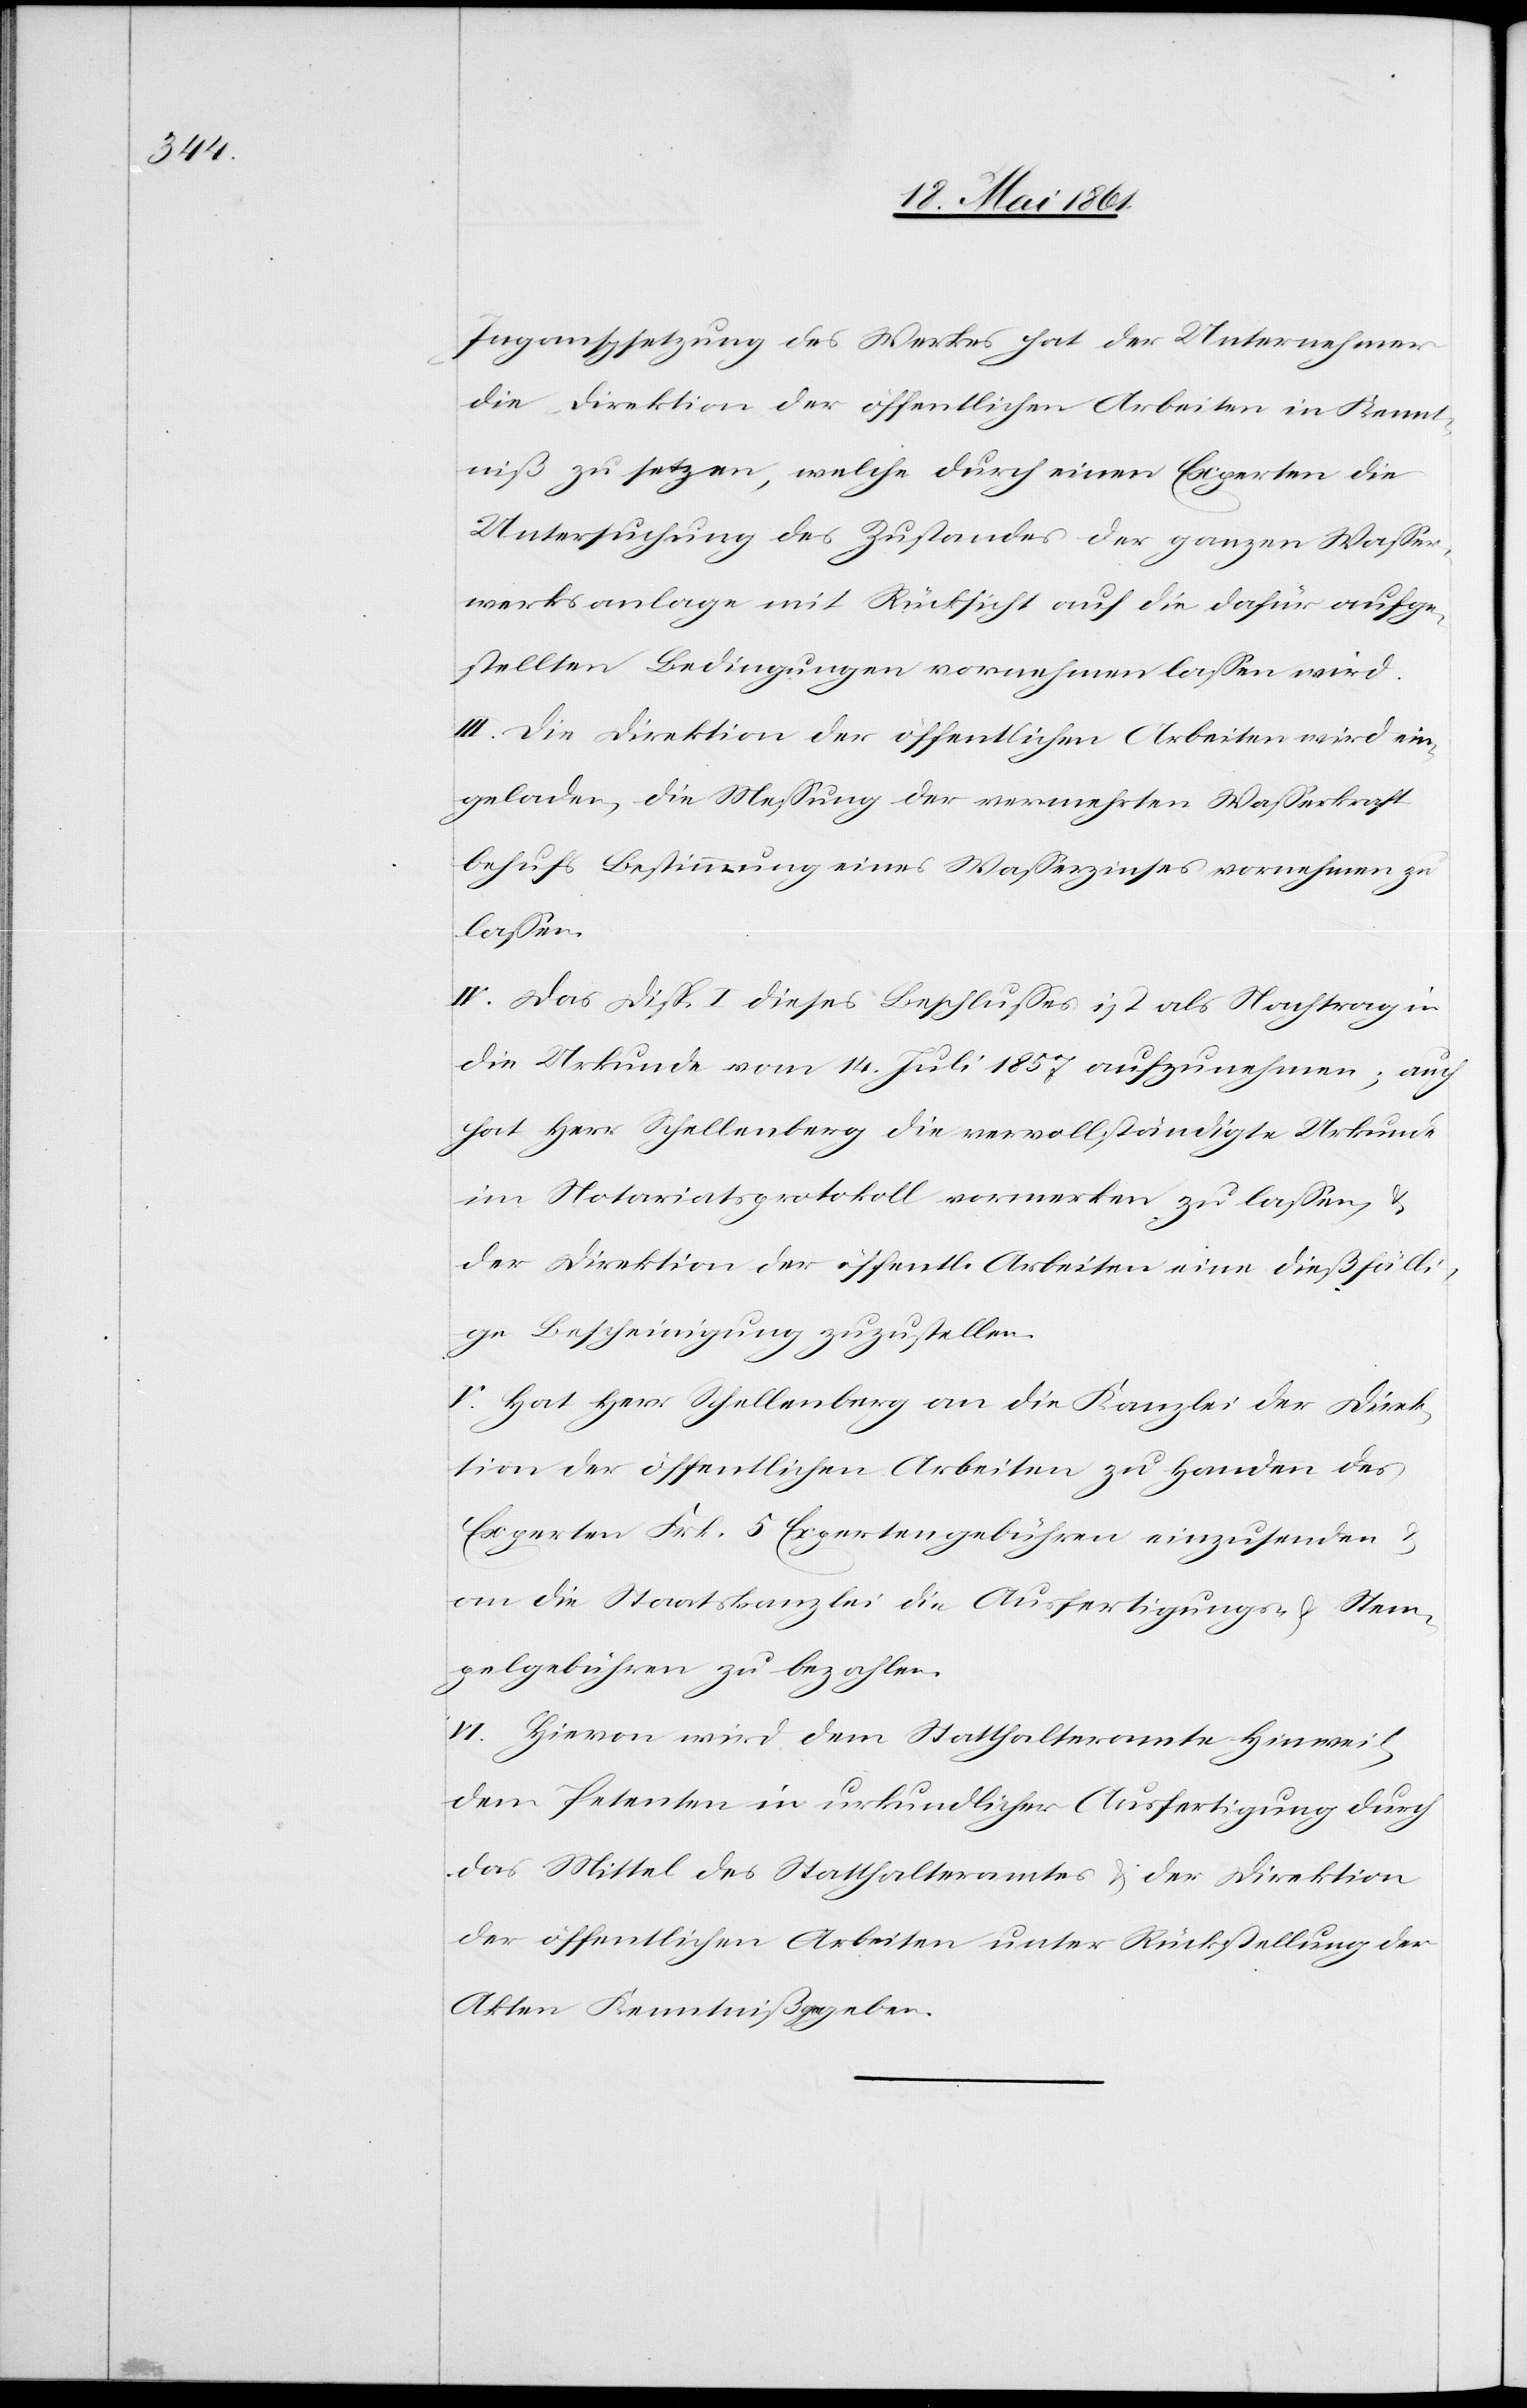
Ingangsetzung des Werkes hat der Unternehmer
die Direktion der öffentlichen Arbeiten in Kennt¬
niß zu setzen, welche durch einen Experten die
Untersuchung des Zustandes der ganzen Wasser¬
werksanlage mit Rücksicht auf die dafür aufge¬
stellten Bedingungen vornehmen lassen wird.
III. Die Direktion der öffentlichen Arbeiten wird ein¬
geladen, die Messung der vermehrten Wasserkraft
behufs Bestimmung eines Wasserzinses vornehmen zu
lassen.
IV. Das Disp. I. dieses Beschlusses ist als Nachtrag in
die Urkunde vom 14. Juli 1857 aufzunehmen; auch
hat Herr Schellenberg die vervollständigte Urkunde
im Notariatsprotokoll vormerken zu lassen u.
der Direktion der öffentl. Arbeiten eine dießfälli¬
ge Bescheinigung zuzustellen.
V. Hat Herr Schellenberg an die Kanzlei der Direk¬
tion der öffentlichen Arbeiten zu Handen des
Experten Frk. 5 Expertengebühren einzusenden u.
an die Staatskanzlei die Ausfertigungs- u. Stem¬
pelgebühren zu bezahlen.
VI. Hievon wird dem Statthalteramt Hinweil,
dem Peteten in urkundlicher Ausfertigung durch
das Mittel des Statthalteramtes u. der Direktion
der öffentlichen Arbeiten unter Rückstellung der
Akten Kenntniß gegeben.